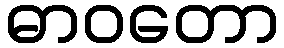
ဓာဝတော